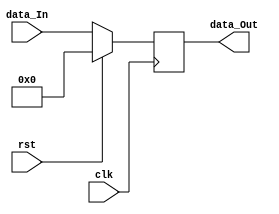
module Register #(
	parameter DATA_WIDTH = 31
)
(
	input clk,
	input rst,
	input[DATA_WIDTH:0] data_In,
	output reg[DATA_WIDTH:0] data_Out
);


always @ (posedge clk) begin
	if(rst)
		data_Out <= 0;
	else
		data_Out <= data_In;
end

endmodule